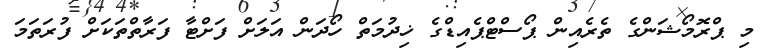
މި ޕްރޮމޯޝަންގެ ތެރެއިން ޕޯސްޓްޕެއިޑްގެ ޚިދުމަތް ހޯދަން އަލަށް ފަށްޓާ ފަރާތްތަކަށް ފުރަތަމަ